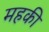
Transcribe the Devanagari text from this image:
महकी